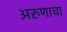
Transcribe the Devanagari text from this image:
अरुणाचा